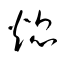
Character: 焜